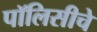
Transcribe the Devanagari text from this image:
पॉलिसीचे